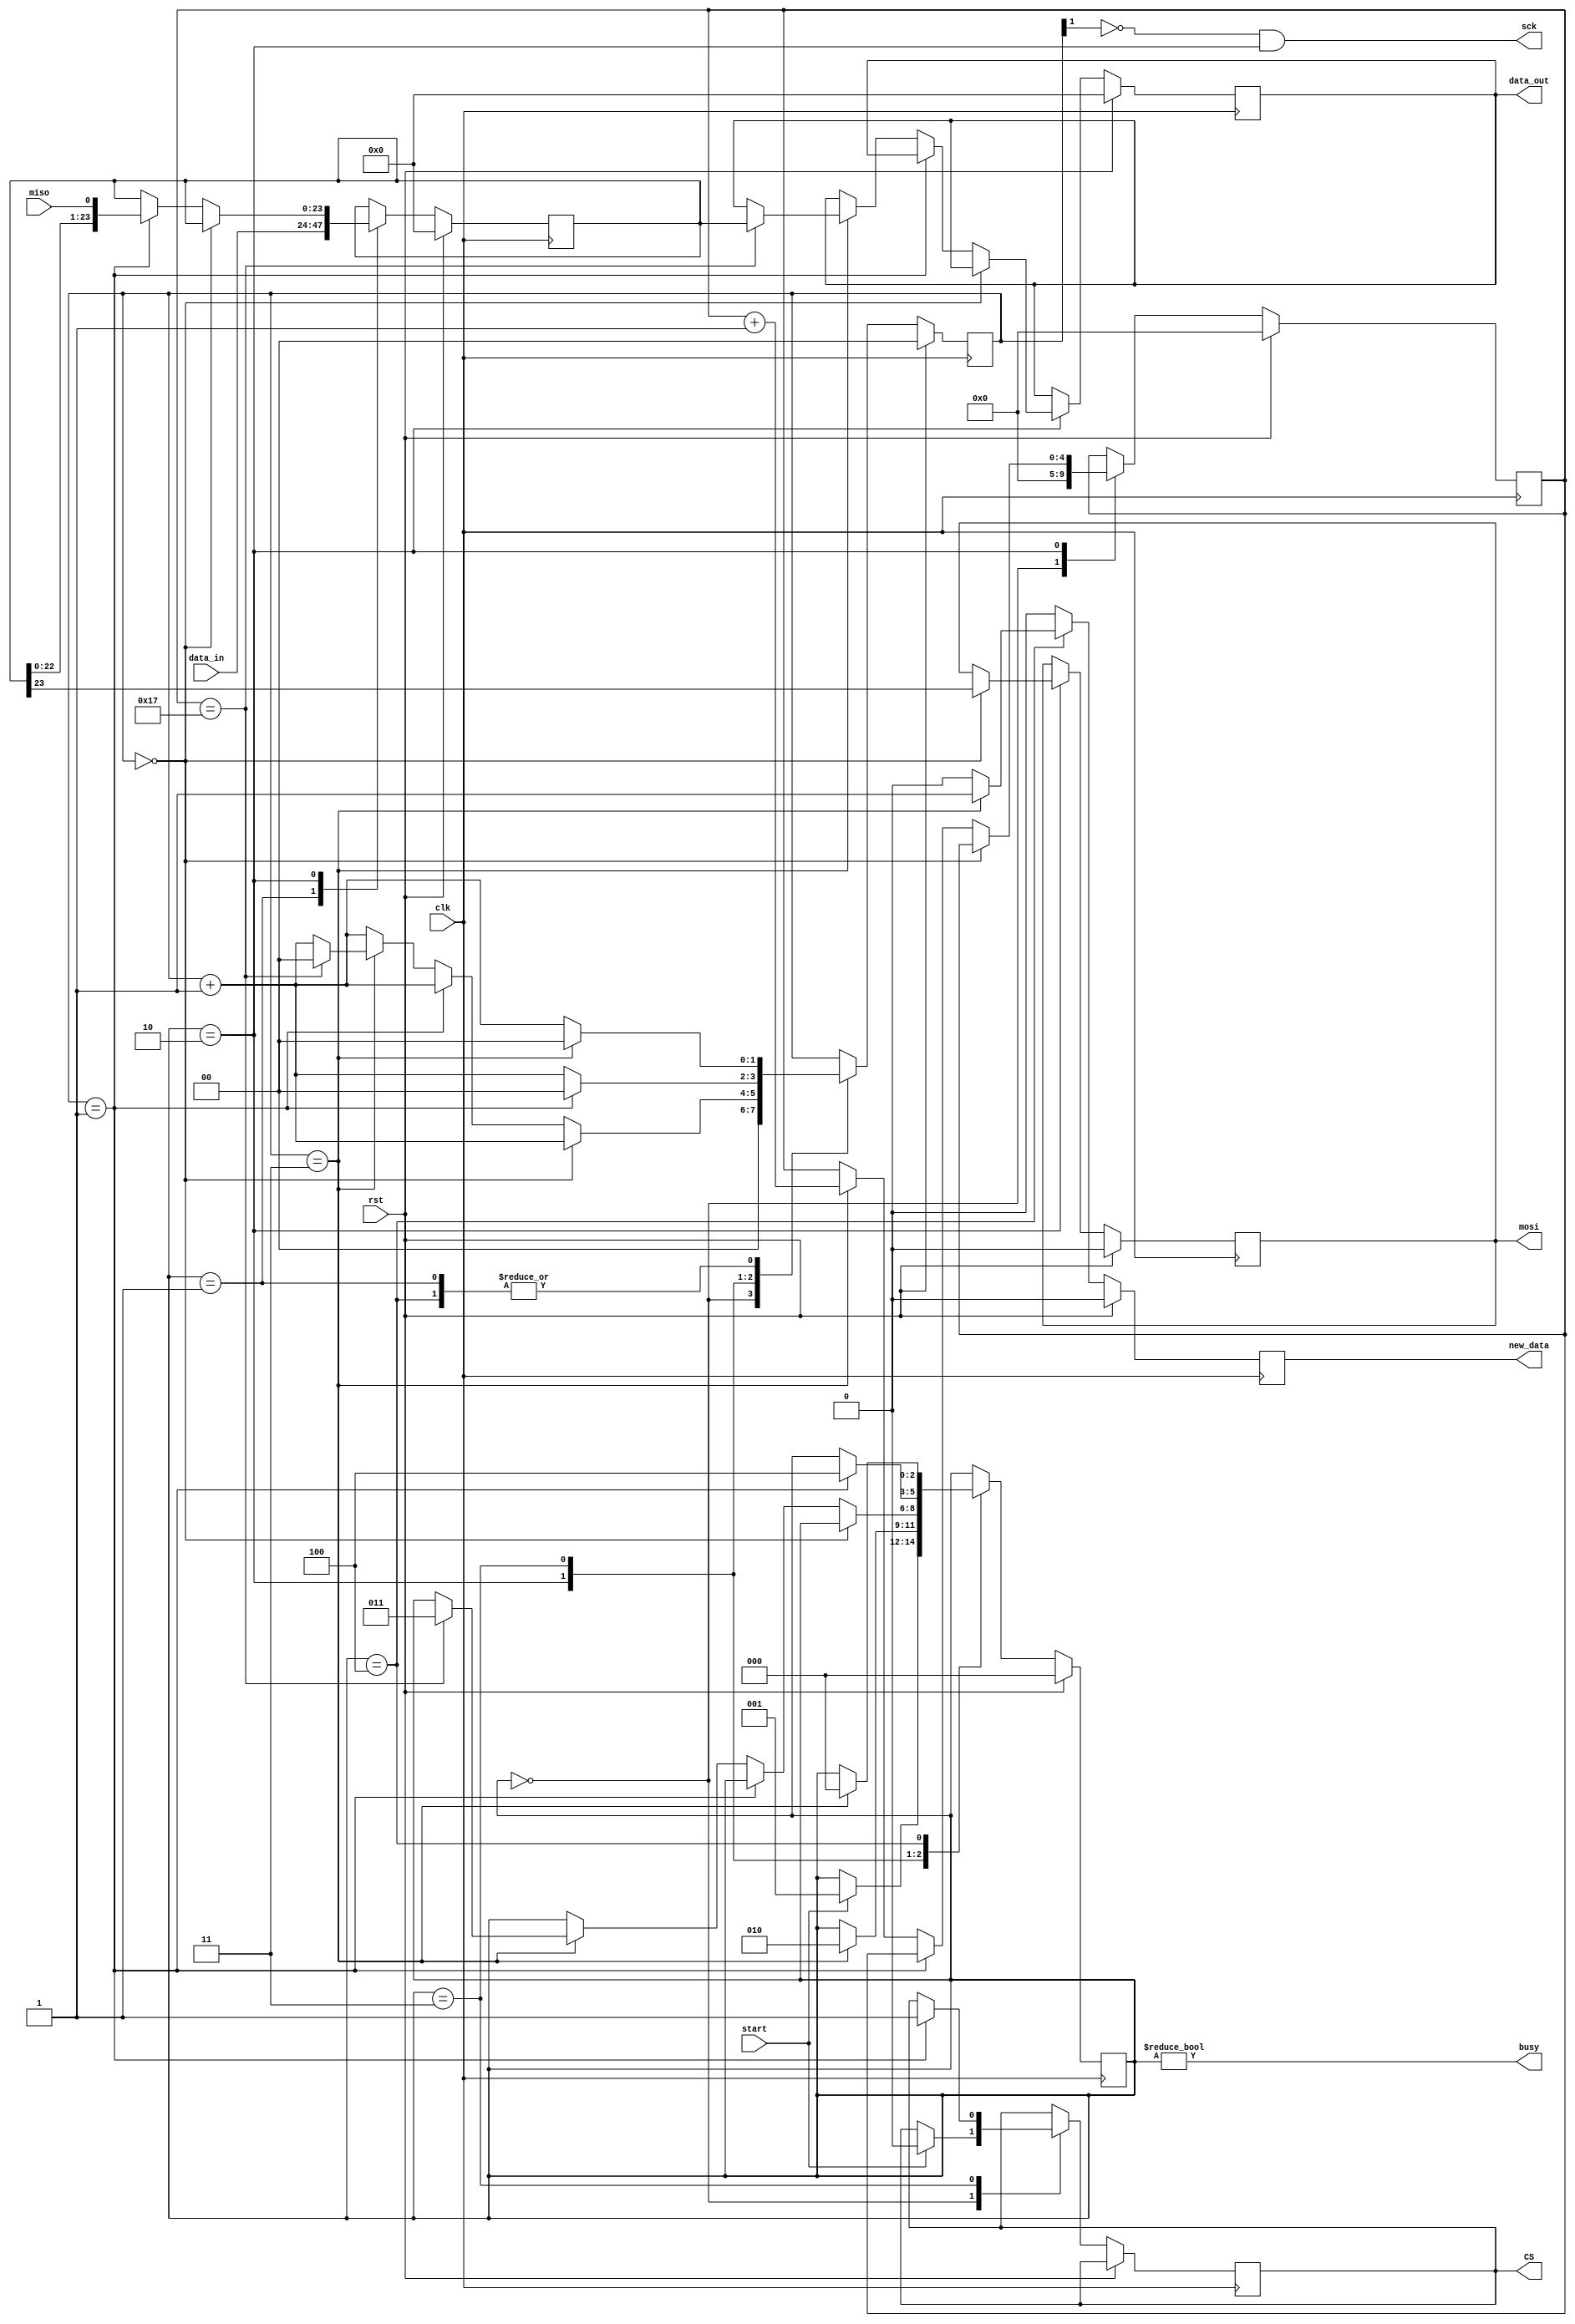
module mems_spi_master_3 #(parameter CLK_DIV = 2)(
    input clk,
    input rst,
    input miso,
    output mosi,
    output sck,
    input start,
    input[23:0] data_in,
    output[23:0] data_out,
    output busy,
    output new_data,
    output CS
  );
   
  localparam STATE_SIZE = 3;
  localparam IDLE = 3'd0,
    WAIT_HALF = 3'd1,
    TRANSFER = 3'd2,
    WAIT_FOR_CS_1 = 3'd3,
    WAIT_FOR_CS_2 = 3'd4;
   
  reg [STATE_SIZE-1:0] state_d, state_q;
  reg [23:0] data_d, data_q;
  reg [CLK_DIV-1:0] sck_d, sck_q;
  reg mosi_d, mosi_q;
  reg [4:0] ctr_d, ctr_q;
  reg new_data_d, new_data_q;
  reg [23:0] data_out_d, data_out_q;
  reg CS_d, CS_q;
   
  assign mosi = mosi_q;
  assign sck = (~sck_q[CLK_DIV-1]) & (state_q == TRANSFER);
  assign busy = state_q != IDLE;
  assign data_out = data_out_q;
  assign new_data = new_data_q;
  assign CS = CS_q;
   
  always @(*) begin
    sck_d = sck_q;
    data_d = data_q;
    mosi_d = mosi_q;
    ctr_d = ctr_q;
    new_data_d = 1'b0;
    data_out_d = data_out_q;
    state_d = state_q;
    CS_d=CS_q;
     
    case (state_q)
      IDLE: begin
        // CS_d = 1'b1;
        sck_d = 4'b0;              // reset clock counter
        ctr_d = 5'b0;              // reset bit counter
        if (start == 1'b1) begin   // if start command
        // copy data to send
          state_d = WAIT_HALF;     // change state
          CS_d = 1'b0;
        end
      end

     WAIT_HALF: begin
       data_d = data_in;
       sck_d = sck_q + 1'b1;                  // increment clock counter
       if (sck_q == {CLK_DIV{1'b1}}) begin  // if clock is half full (about to fall)
         sck_d = 1'b0;                        // reset to 0
         state_d = TRANSFER;                  // change state
        end
     end

      TRANSFER: begin
        sck_d = sck_q + 1'b1;                           // increment clock counter
        if (sck_q == 4'b0000) begin                     // if clock counter is 0
          mosi_d = data_q[23];                           // output the MSB of data
        end else if (sck_q == {CLK_DIV-1{1'b1}}) begin  // else if it's half full (about to fall)
          data_d = {data_q[22:0], miso};//sck_d>>7};//miso};                 // read in data (shift in)
          
          //miso
        end else if (sck_q == {CLK_DIV{1'b1}}) begin    // else if it's full (about to rise)
          ctr_d = ctr_q + 1'b1;                         // increment bit counter
          if (ctr_q == 5'b10111) begin                    // if we are on the last bit
            state_d = WAIT_FOR_CS_1;                             // change state
            data_out_d = data_q;                        // output data
                       // signal data is valid
            sck_d = 4'b0; 

          end
        end
      end // TRANSFER

     WAIT_FOR_CS_1: begin
       // data_d = data_in;
       sck_d = sck_q + 1'b1;                  // increment clock counter
       if (sck_q == {CLK_DIV-1{1'b1}}) begin  // if clock is half full (about to fall)
            CS_d=1'b1;
            state_d = WAIT_FOR_CS_2; 
            sck_d=1'b0;

        end
     end

     WAIT_FOR_CS_2: begin
       // data_d = data_in;
       sck_d = sck_q + 1'b1;                  // increment clock counter
       if (sck_q == {CLK_DIV{1'b1}}) begin  // if clock is half full (about to fall)
         sck_d = 1'b0;                        // reset to 0
         state_d = IDLE;                  // change state
         new_data_d = 1'b1;   

        end
     end


    
    endcase
  end
   
  always @(posedge clk) begin
    if (rst) begin
      ctr_q <= 5'b0;
      data_q <= 24'b0;
      sck_q <= 4'b0;
      mosi_q <= 1'b0;
      state_q <= IDLE;
      data_out_q <= 24'b0;
      new_data_q <= 1'b0;
    end else begin
      ctr_q <= ctr_d;
      data_q <= data_d;
      sck_q <= sck_d;
      mosi_q <= mosi_d;
      state_q <= state_d;
      data_out_q <= data_out_d;
      new_data_q <= new_data_d;
      CS_q <= CS_d;
    end
  end
   
endmodule